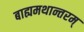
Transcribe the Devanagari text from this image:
बाह्यमथान्तरम्